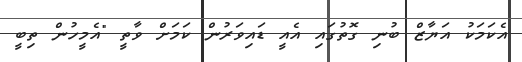
އެކަމަކު އަޔާޒް ބުނި ގޮތުގައި އެއީ ޑައިވަރުން ކަމަށް ވާތީ "އެމީހުން ތިބީ